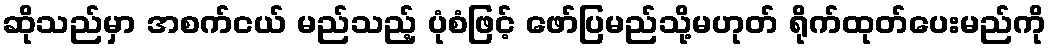
ဆိုသည်မှာ အစက်ငယ် မည်သည့် ပုံစံဖြင့် ဖော်ပြမည်သို့မဟုတ် ရိုက်ထုတ်ပေးမည်ကို